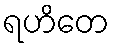
ရဟိတေ